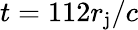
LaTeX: t=112r_{\mathrm{j}}/c